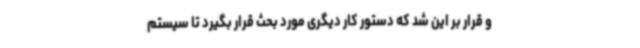
و قرار بر این شد که دستور کار دیگری مورد بحث قرار بگیرد تا سیستم